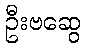
ဦးဗဆွေ